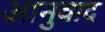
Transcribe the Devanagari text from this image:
आनुवाद